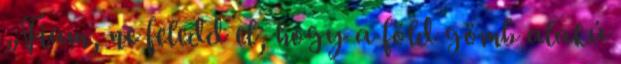
„Fiam, ne feledd el, hogy a föld gömb alakú